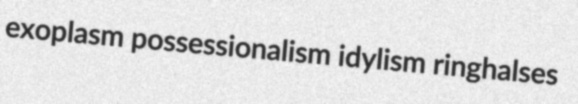
exoplasm possessionalism idylism ringhalses